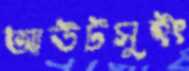
আউটসুইং